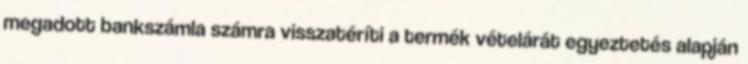
megadott bankszámla számra visszatéríti a termék vételárát egyeztetés alapján